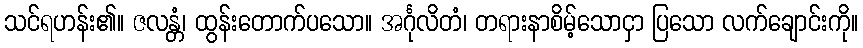
သင်ရဟန်း၏။ ဇလန္တံ၊ ထွန်းတောက်ပသော။ အင်္ဂုလိတံ၊ တရားနာစိမ့်သောငှာ ပြသော လက်ချောင်းကို။